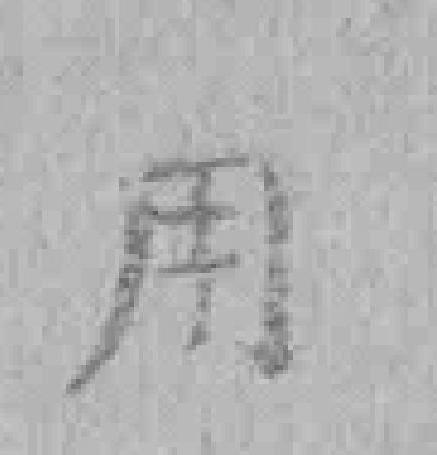
用